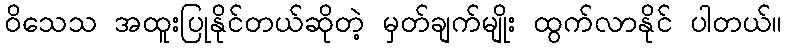
ဝိသေသ အထူးပြုနိုင်တယ်ဆိုတဲ့ မှတ်ချက်မျိုး ထွက်လာနိုင် ပါတယ်။